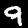
Label: 9